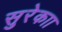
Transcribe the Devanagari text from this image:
सुरेकाा